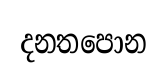
දනතපොන